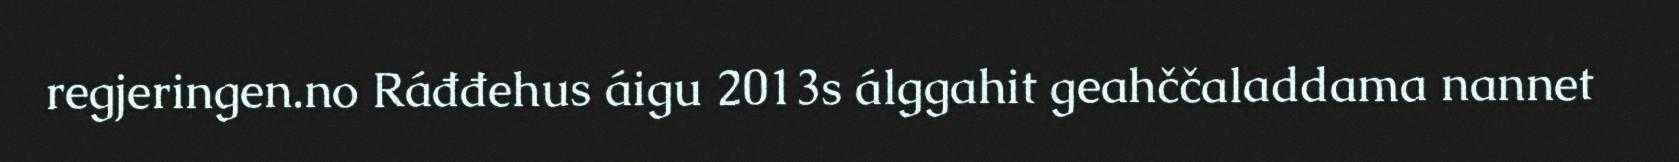
regjeringen.no Ráđđehus áigu 2013s álggahit geahččaladdama nannet